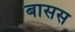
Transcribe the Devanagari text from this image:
बासस